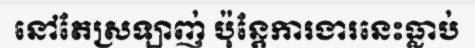
នៅតែស្រឡាញ់ ប៉ុន្តែការងារនេះធ្លាប់